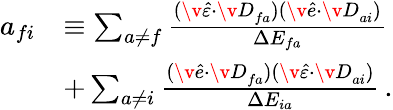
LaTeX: \begin{array}{rl}{a_{fi}}&{\equiv\sum_{a\neq f}\frac{(\v{\hat{\varepsilon}}\cdot{\v{D}}_{fa})(\v{\hat{e}}\cdot{\v{D}}_{ai})}{\Delta{E_{fa}}}}\\ &{+\sum_{a\neq i}\frac{(\v{\hat{e}}\cdot{\v{D}}_{fa})(\v{\hat{\varepsilon}}\cdot{\v{D}}_{ai})}{\Delta{E_{ia}}}\, .}\end{array}